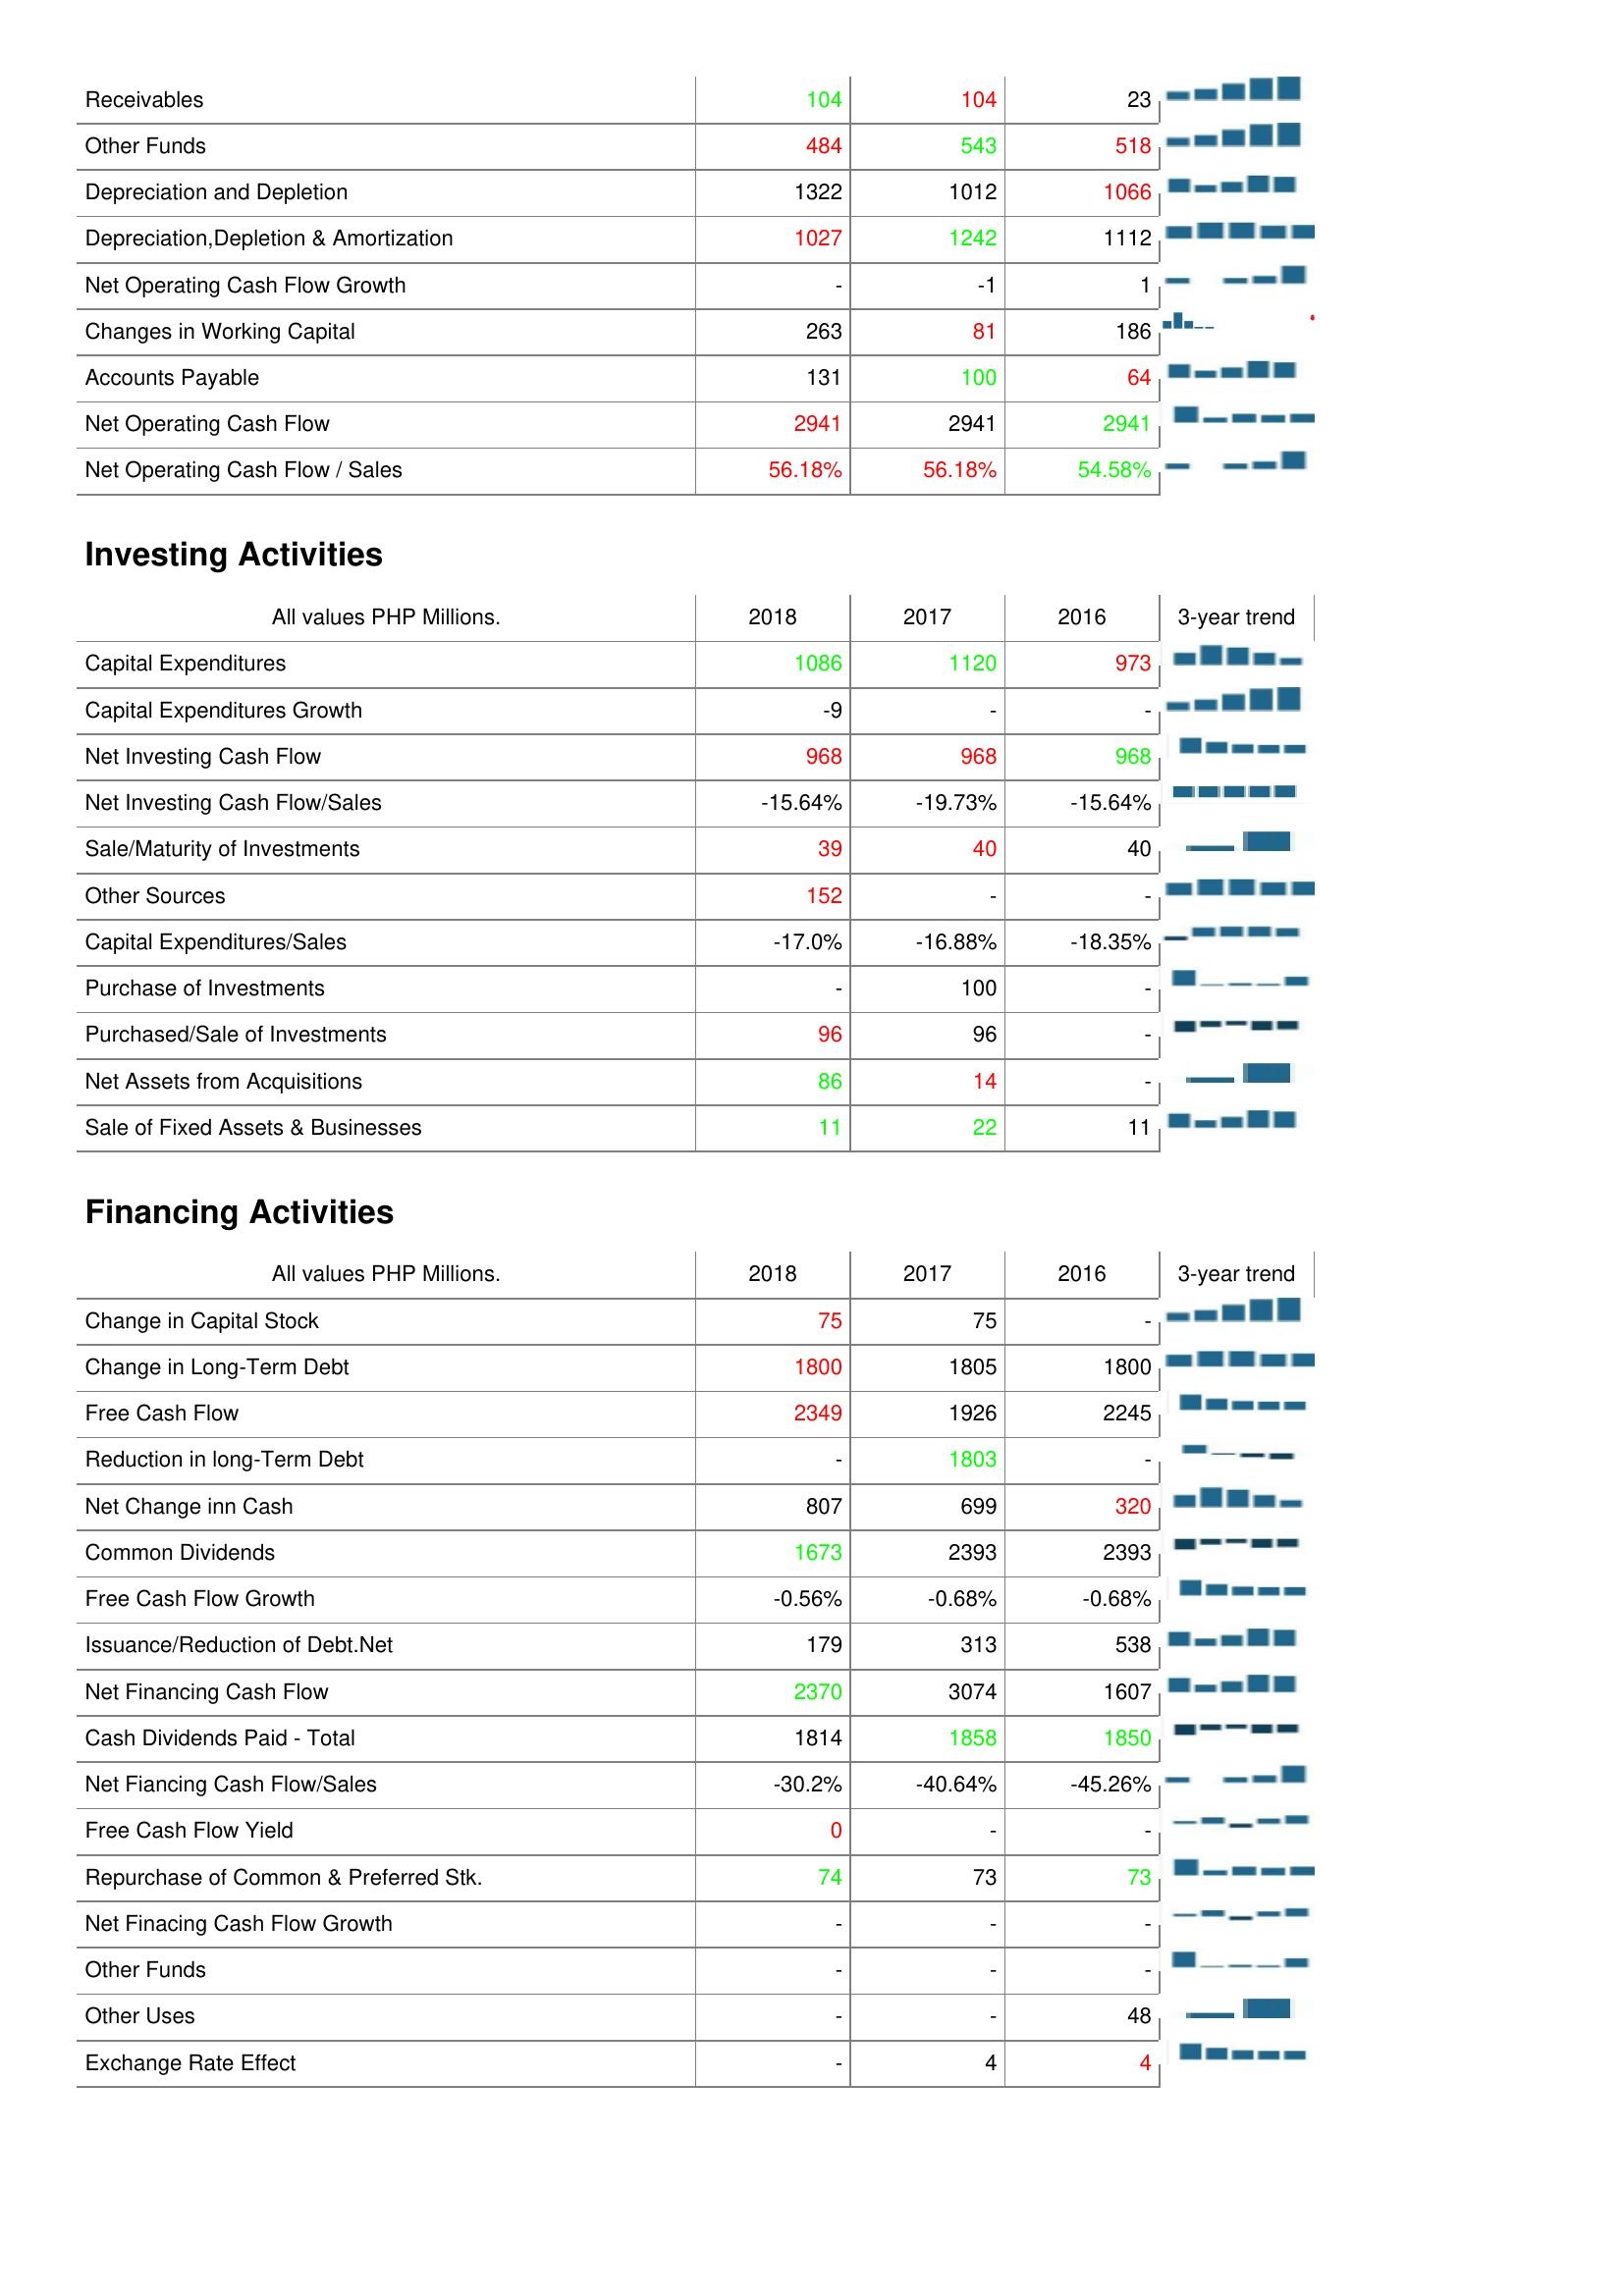
2018: Operating Activities: Receivables: 104
Other Funds: 484
Depreciation and Depletion: 1322
Depreciation,Depletion & Amortization: 1027
Net Operating Cash Flow Growth: -
Changes in Working Capital: 263
Accounts Payable: 131
Net Operating Cash Flow: 2941
Net Operating Cash Flow / Sales: 56.18%
Investing Activities: Capital Expenditures: 1086
Capital Expenditures Growth: -9
Net Investing Cash Flow: 968
Net Investing Cash Flow/Sales: -15.64%
Sale/Maturity of Investments: 39
Other Sources: 152
Capital Expenditures/Sales: -17.0%
Purchase of Investments: -
Purchased/Sale of Investments: 96
Net Assets from Acquisitions: 86
Sale of Fixed Assets & Businesses: 11
Financing Activities: Change in Capital Stock: 75
Change in Long-Term Debt: 1800
Free Cash Flow: 2349
Reduction in long-Term Debt: -
Net Change inn Cash: 807
Common Dividends: 1673
Free Cash Flow Growth: -0.56%
Issuance/Reduction of Debt.Net: 179
Net Financing Cash Flow: 2370
Cash Dividends Paid - Total: 1814
Net Fiancing Cash Flow/Sales: -30.2%
Free Cash Flow Yield: 0
Repurchase of Common & Preferred Stk.: 74
Net Finacing Cash Flow Growth: -
Other Funds: -
Other Uses: -
Exchange Rate Effect: -
2017: Operating Activities: Receivables: 104
Other Funds: 543
Depreciation and Depletion: 1012
Depreciation,Depletion & Amortization: 1242
Net Operating Cash Flow Growth: -1
Changes in Working Capital: 81
Accounts Payable: 100
Net Operating Cash Flow: 2941
Net Operating Cash Flow / Sales: 56.18%
Investing Activities: Capital Expenditures: 1120
Capital Expenditures Growth: -
Net Investing Cash Flow: 968
Net Investing Cash Flow/Sales: -19.73%
Sale/Maturity of Investments: 40
Other Sources: -
Capital Expenditures/Sales: -16.88%
Purchase of Investments: 100
Purchased/Sale of Investments: 96
Net Assets from Acquisitions: 14
Sale of Fixed Assets & Businesses: 22
Financing Activities: Change in Capital Stock: 75
Change in Long-Term Debt: 1805
Free Cash Flow: 1926
Reduction in long-Term Debt: 1803
Net Change inn Cash: 699
Common Dividends: 2393
Free Cash Flow Growth: -0.68%
Issuance/Reduction of Debt.Net: 313
Net Financing Cash Flow: 3074
Cash Dividends Paid - Total: 1858
Net Fiancing Cash Flow/Sales: -40.64%
Free Cash Flow Yield: -
Repurchase of Common & Preferred Stk.: 73
Net Finacing Cash Flow Growth: -
Other Funds: -
Other Uses: -
Exchange Rate Effect: 4
2016: Operating Activities: Receivables: 23
Other Funds: 518
Depreciation and Depletion: 1066
Depreciation,Depletion & Amortization: 1112
Net Operating Cash Flow Growth: 1
Changes in Working Capital: 186
Accounts Payable: 64
Net Operating Cash Flow: 2941
Net Operating Cash Flow / Sales: 54.58%
Investing Activities: Capital Expenditures: 973
Capital Expenditures Growth: -
Net Investing Cash Flow: 968
Net Investing Cash Flow/Sales: -15.64%
Sale/Maturity of Investments: 40
Other Sources: -
Capital Expenditures/Sales: -18.35%
Purchase of Investments: -
Purchased/Sale of Investments: -
Net Assets from Acquisitions: -
Sale of Fixed Assets & Businesses: 11
Financing Activities: Change in Capital Stock: -
Change in Long-Term Debt: 1800
Free Cash Flow: 2245
Reduction in long-Term Debt: -
Net Change inn Cash: 320
Common Dividends: 2393
Free Cash Flow Growth: -0.68%
Issuance/Reduction of Debt.Net: 538
Net Financing Cash Flow: 1607
Cash Dividends Paid - Total: 1850
Net Fiancing Cash Flow/Sales: -45.26%
Free Cash Flow Yield: -
Repurchase of Common & Preferred Stk.: 73
Net Finacing Cash Flow Growth: -
Other Funds: -
Other Uses: 48
Exchange Rate Effect: 4